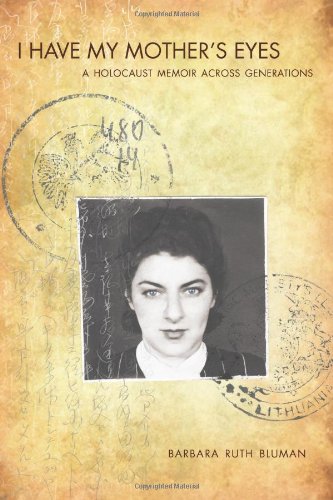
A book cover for I Have My Mother's Eyes; Barbara Bluman; Biographies & Memoirs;